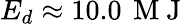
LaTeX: E_{d}\approx 10.0\, \mathrm{~M~J~}